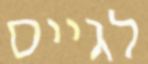
לגייס